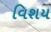
વિશય